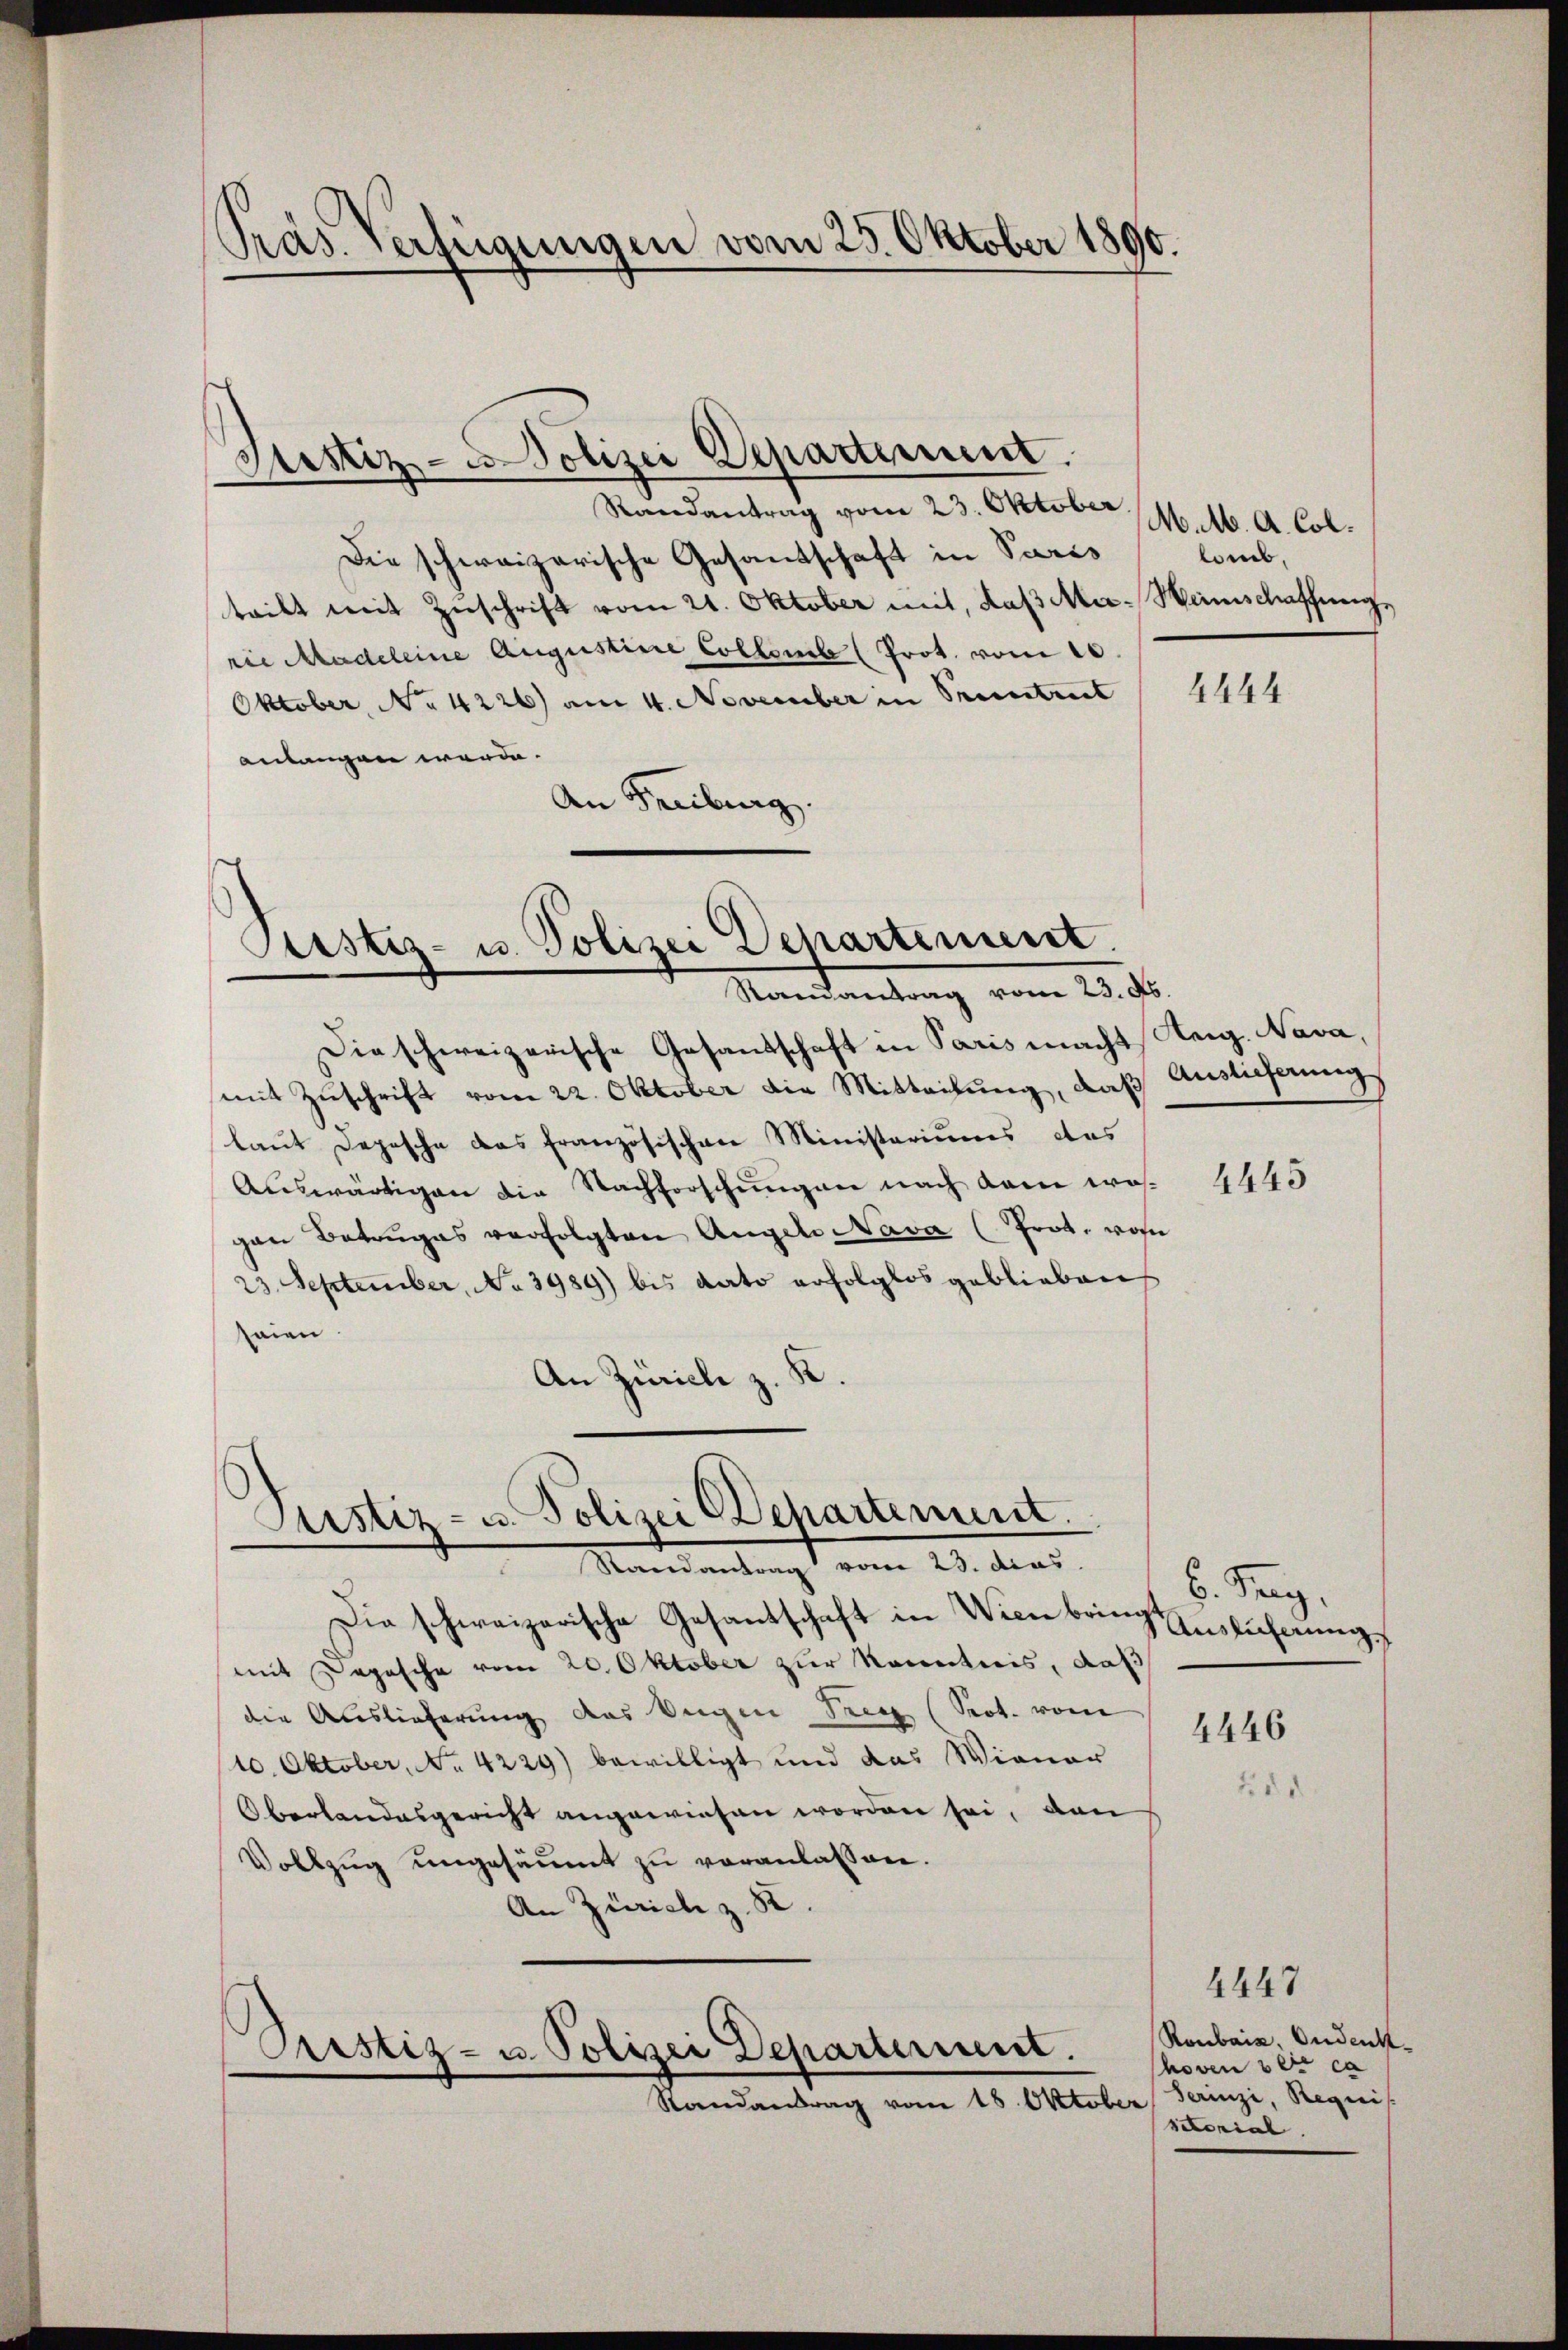
Präs. Verfügungen vom 25. Oktober 1890.

Justiz-Polizei Departement.
Randantrag vom 23. Oktober.

Die schweizerische Gesandschaft in Paris
teilt mit Zuschrift vom 21. Oktober mit, daß Ma-Weinschaffung
rie Madeleine Augustine Collomb (Prot. vom 10.
Oktober, No 4226) am 4. November in Sentiert
anlangen werde.
An Freiburg.

Custiz- u. Polizei Departement.
Randantrag vom 23. ds.

Die schweizerische Gesandschaft in Paris macht
mit Zuschrift vom 22. Oktober die Mitteilung, daß
laut Depesche das französischen Ministeriums das
Auswärtigen die Nachforschungen nach dem wasgen Betruges verfolgten Angel Nava (Prot. von
23. September, No 3989) bis dato erfolglos geblieben
aien
An Zürich z. K.

Justiz- u. Polizei Departement.
 Randantrag vom 23. das

Die schweizerische Gesantschaft in Wien bringt
mit Depesche vom 20. Oktober zur Kenntnis, daß
die Auslieferung des Augen Teig (Sept. vom
10. Oktober, No 4229) bewilligt und das Wiener
Oberlandesgericht angewiesen worden sei, den
Vollzug ungesäumt zu veranlassen.
An Zürich z. B.

Prustiz- u. Polizei Departerient.
Randantrag vom 18. Oktober

M. M. A. Col.
lamb,

4444

Aug. Nava,
Auslieferung

4445

b. Tag.
Ausführung
4446

d

4447
Raubais, Andenk
hoven der ca
serinzi, Requis
sitorial.